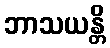
ဘာသယန္တိ